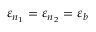
\varepsilon _ { n _ { 1 } } = \varepsilon _ { n _ { 2 } } = \varepsilon _ { b }